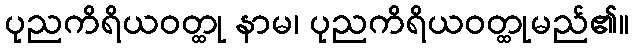
ပုညကိရိယဝတ္ထု နာမ၊ ပုညကိရိယဝတ္ထုမည်၏။